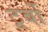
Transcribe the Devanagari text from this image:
टूर्बो